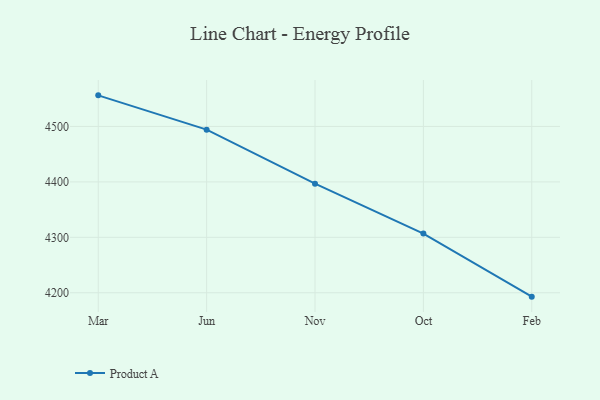
{"axis": {"x": "Month", "y": "Production Output"}, "legend": ["Product A"], "data": [{"x": "Mar", "y": 4556.1, "type": "Product A"}, {"x": "Jun", "y": 4494.2, "type": "Product A"}, {"x": "Nov", "y": 4396.8, "type": "Product A"}, {"x": "Oct", "y": 4306.8, "type": "Product A"}, {"x": "Feb", "y": 4193.0, "type": "Product A"}]}